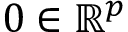
0 \in \mathbb { R } ^ { p }